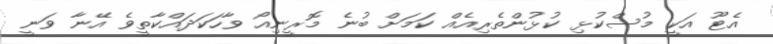
އެޓޫ އަކީ މުސްކުޅި ކުޅުންތެރިއެއް ކަމަށް ބުނެ މޮރީނިއޯ ވާހަކަދައްކާތީވެ އޭނާ ވަނީ